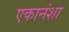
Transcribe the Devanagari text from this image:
एकानंशा